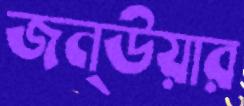
জন্উয়ার